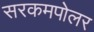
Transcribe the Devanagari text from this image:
सरकमपोलर